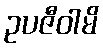
ဥပဇီဝါမိ